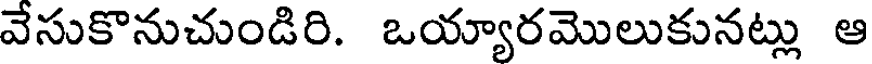
వేసుకొనుచుండిరి. ఒయ్యారమొలుకునట్లు ఆ